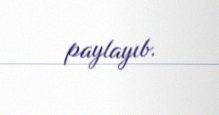
paylayıb.